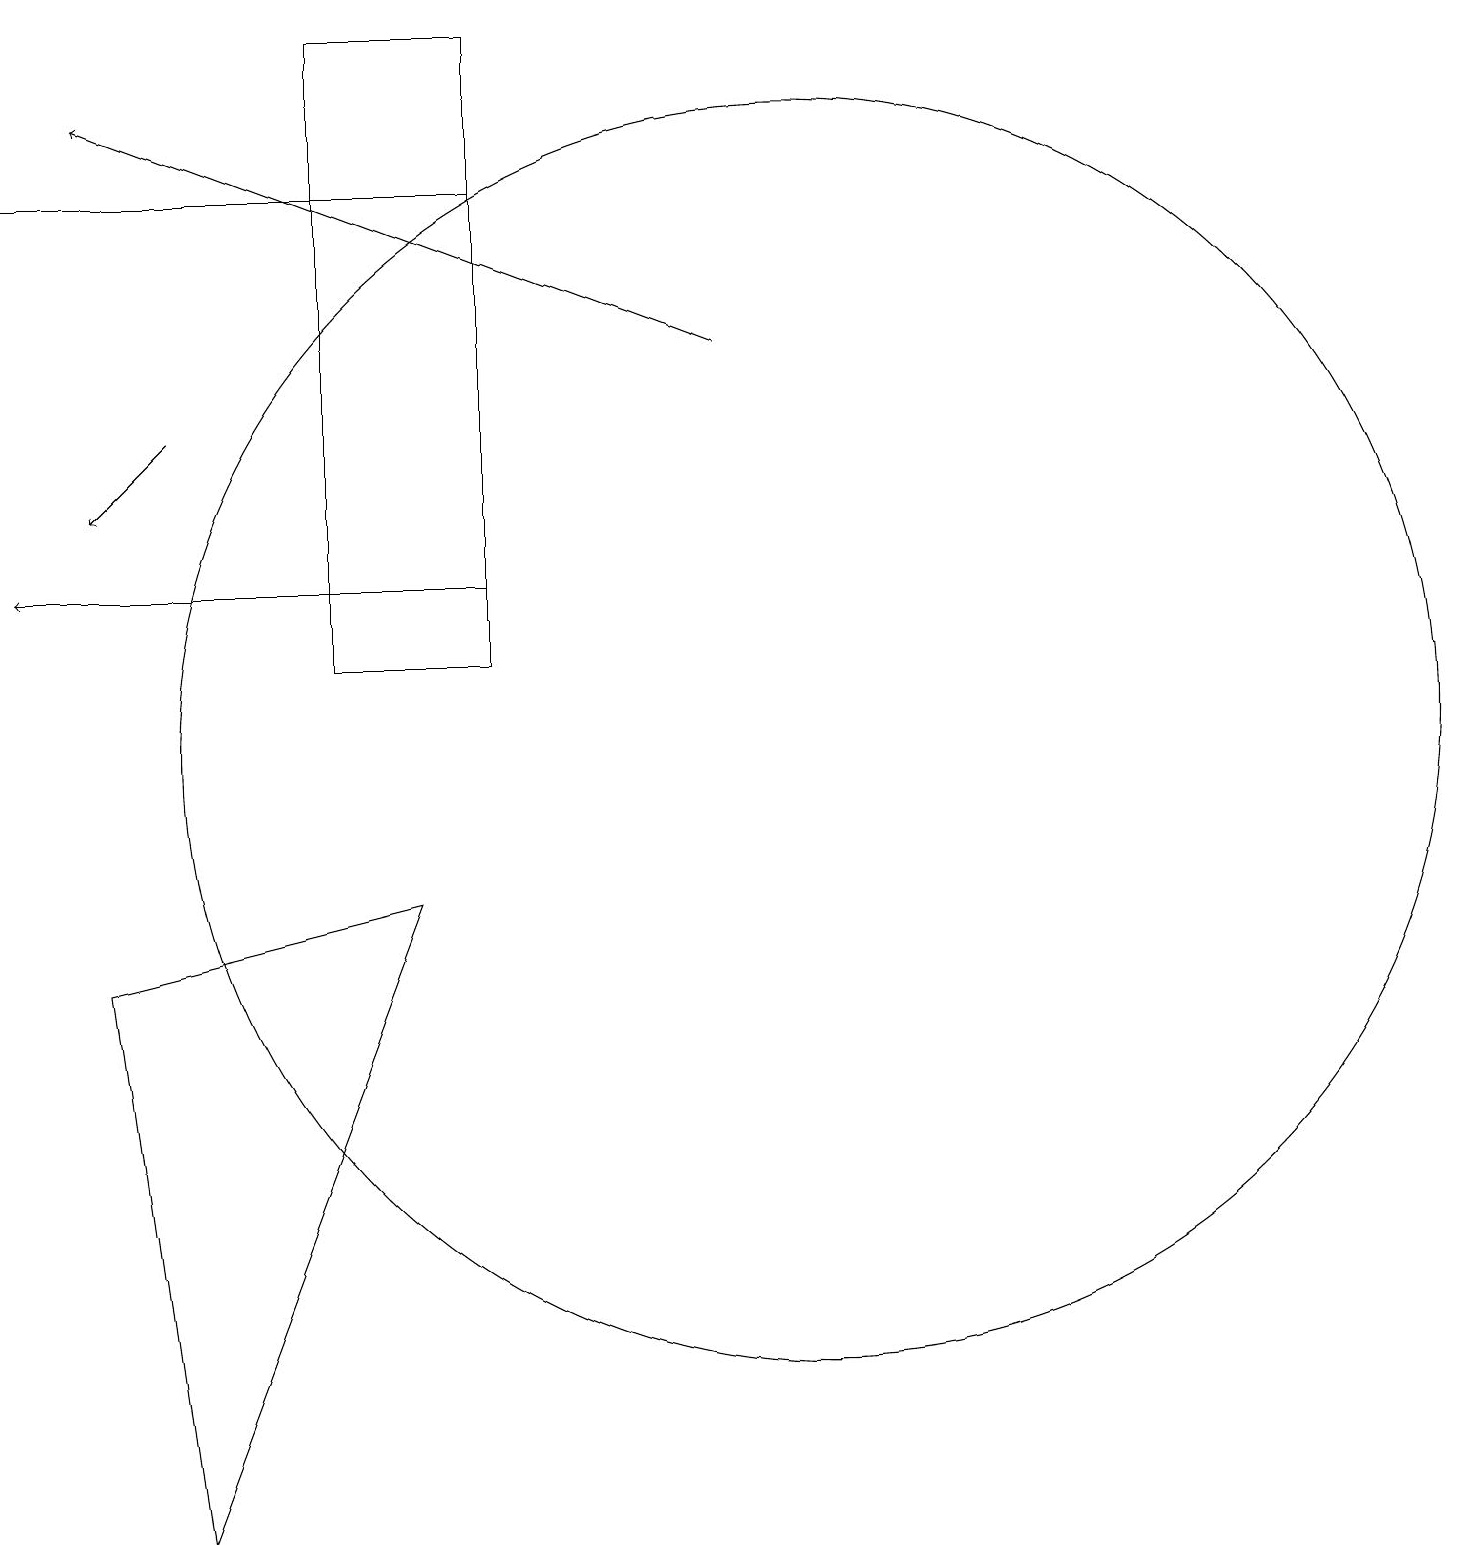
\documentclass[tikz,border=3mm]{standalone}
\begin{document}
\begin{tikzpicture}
\draw[->] (2,14) -- (1,13);
\draw (0,17) rectangle (6,17);
\draw (5,8) -- (1,7) -- (2,0) -- cycle;
\draw (6,19) rectangle (4,11);
\draw (10,10) circle (8);
\draw[->] (6,12) -- (0,12);
\draw[->] (9,15) -- (1,18);
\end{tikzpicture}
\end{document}